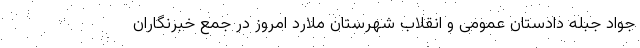
جواد جبله دادستان عمومی و انقلاب شهرستان ملارد امروز در جمع خبرنگاران